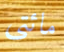
مائتي